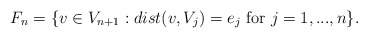
\begin{align*} F_n = \{ v \in V_{n+1} : dist(v,V_j)= e_j \hbox{ for } j=1,...,n\}. \end{align*}